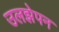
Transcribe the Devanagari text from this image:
उलझेपन